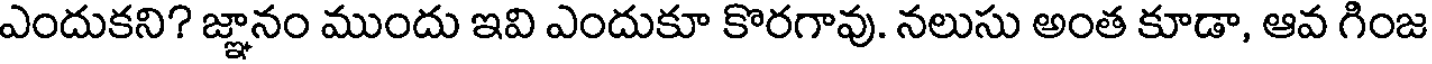
ఎందుకని? జ్ఞానం ముందు ఇవి ఎందుకూ కొరగావు. నలుసు అంత కూడా, ఆవ గింజ